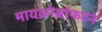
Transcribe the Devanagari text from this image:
मायक्रोसॉफटने